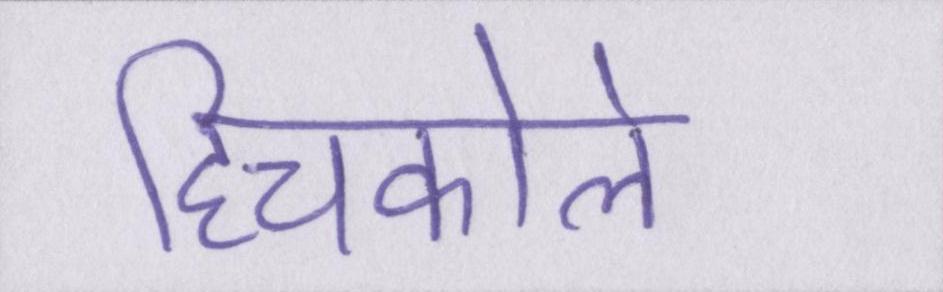
हिचकोले